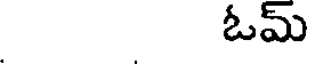
ఓమ్